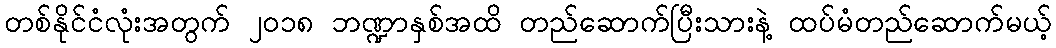
တစ်နိုင်ငံလုံးအတွက် ၂၀၁၈ ဘဏ္ဍာနှစ်အထိ တည်ဆောက်ပြီးသားနဲ့ ထပ်မံတည်ဆောက်မယ့်